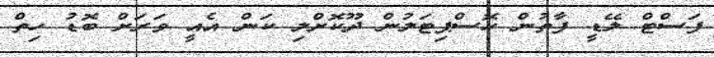
ފަސްޓް ލޭޑީ ފާތުން ހޮސްޕިޓަލުން ދޫކޮށްލި ކަން އެއީ ވަރަށް ބޮޑު ހިތް